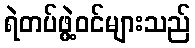
ရဲတပ်ဖွဲ့ဝင်များသည်